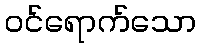
ဝင်ရောက်သော